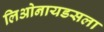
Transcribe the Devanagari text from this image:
लिओनायडसला